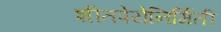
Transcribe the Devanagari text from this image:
शीतपेयेनिर्मिती